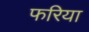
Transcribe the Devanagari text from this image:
फरिया